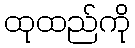
ထုထည်ကို